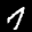
Label: 7